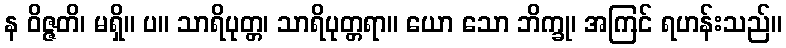
န ဝိဇ္ဇတိ၊ မရှိ။ ပ။ သာရိပုတ္တ၊ သာရိပုတ္တရာ။ ယော သော ဘိက္ခု၊ အကြင် ရဟန်းသည်။